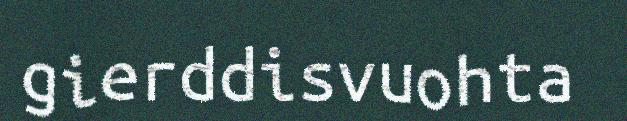
gierddisvuohta